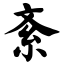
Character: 紊